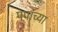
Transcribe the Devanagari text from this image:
पपांच्या